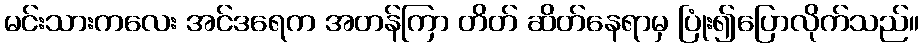
မင်းသားကလေး အင်ဒရေက အတန်ကြာ တိတ် ဆိတ်နေရာမှ ပြုံး၍ပြောလိုက်သည်။